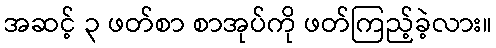
အဆင့် ၃ ဖတ်စာ စာအုပ်ကို ဖတ်ကြည့်ခဲ့လား။